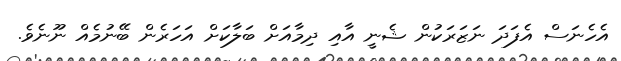
އެހެނަސް އެފަދަ ނަޒަރަކުން ޝެނީ އާއި ދިމާއަށް ބަލާކަށް އަހަރެން ބޭނުމެއް ނޫނެވެ.